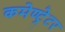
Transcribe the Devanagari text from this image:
कमेण्ट्रेटर